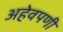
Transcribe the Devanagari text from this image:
अहेवपणी